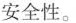
安全性。